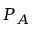
P _ { A }